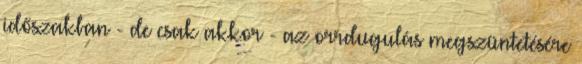
időszakban - de csak akkor - az orrdugulás megszüntetésére